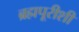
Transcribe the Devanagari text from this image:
ब्रह्मपूरीशी